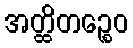
အတ္ထိတဉ္စေဝ